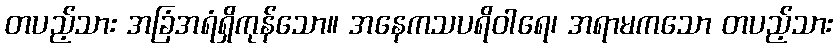
တပည့်သား အခြံအရံရှိကုန်သော။ အနေကသပရိဝါရေ၊ အရာမကသော တပည့်သား